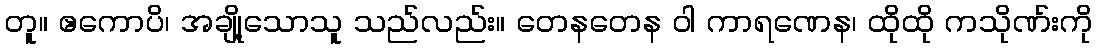
တူ။ ဧကောပိ၊ အချို့သောသူ သည်လည်း။ တေနတေန ဝါ ကာရဏေန၊ ထိုထို ကသိုဏ်းကို